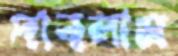
দাবলাম